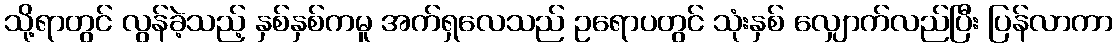
သို့ရာတွင် လွန်ခဲ့သည့် နှစ်နှစ်ကမူ အက်ရှလေသည် ဥရောပတွင် သုံးနှစ် လျှောက်လည်ပြီး ပြန်လာကာ